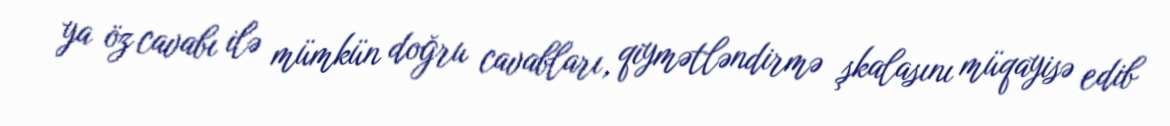
ya öz cavabı ilə mümkün doğru cavabları, qiymətləndirmə şkalasını müqayisə edib